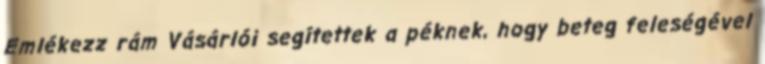
Emlékezz rám Vásárlói segítettek a péknek, hogy beteg feleségével